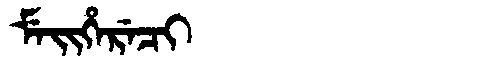
Manchu: ᠮᡝᡳᡥᡝᡵᡝᠴᡳ
Romanization: MEIHERECI